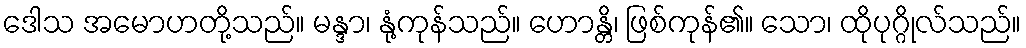
ဒေါသ အမောဟတို့သည်။ မန္ဒာ၊ နုံ့ကုန်သည်။ ဟောန္တိ၊ ဖြစ်ကုန်၏။ သော၊ ထိုပုဂ္ဂိုလ်သည်။